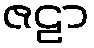
ဇဠာ